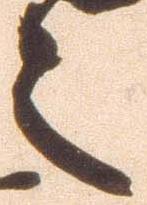
々